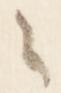
々